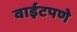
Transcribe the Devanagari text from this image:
वाईटपणे